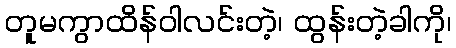
တူမကွာထိန်ဝါလင်းတဲ့၊ ထွန်းတဲ့ခါကို၊